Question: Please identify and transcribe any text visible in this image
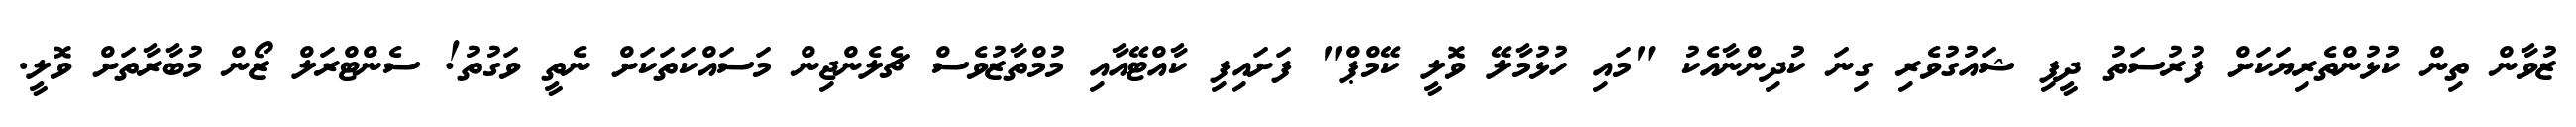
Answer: ޒުވާން ތިން ކުޅުންތެރިޔަކަށް ފުރުސަތު ދީފި ޝައުގުވެރި ގިނަ ކުދިންނާއެކު "މައި ހުޅުމާލޭ ވޮލީ ކޭމްޕް" ފަށައިފި ކާއްޓޭއާއި މުމްތާޒުވެސް ޗެލެންޖިން މަސައްކަތަކަށް ނެތީ ވަގުތު! ސެންޓްރަލް ޒޯން މުބާރާތަށް ވޮލީ.